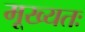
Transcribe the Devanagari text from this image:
मूख्यतः